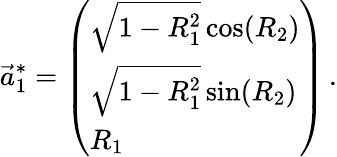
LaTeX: \vec{a}_{1}^{*}=\left(\begin{array}{l}{\sqrt{1-R_{1}^{2}}\cos(R_{2})}\\ {\sqrt{1-R_{1}^{2}}\sin(R_{2})}\\ {R_{1}}\end{array}\right)\, .